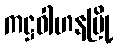
ကဋ္ဌဝါဟနမြို့